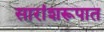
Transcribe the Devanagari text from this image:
सारांशरूपात